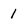
Character: 1